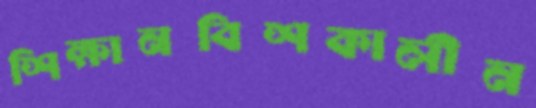
শিক্ষানবিশকালীন